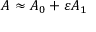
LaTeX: A \approx A _ { 0 } + \varepsilon A _ { 1 }